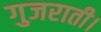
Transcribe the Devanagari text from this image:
गुजराती।